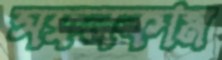
সফলকাম